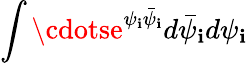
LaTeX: \int\cdotse^{\psi_{\mathbf{i}}\bar{{\psi}}_{\mathbf{i}}}d\bar{{\psi}}_{\mathbf{i}}d\psi_{\mathbf{i}}